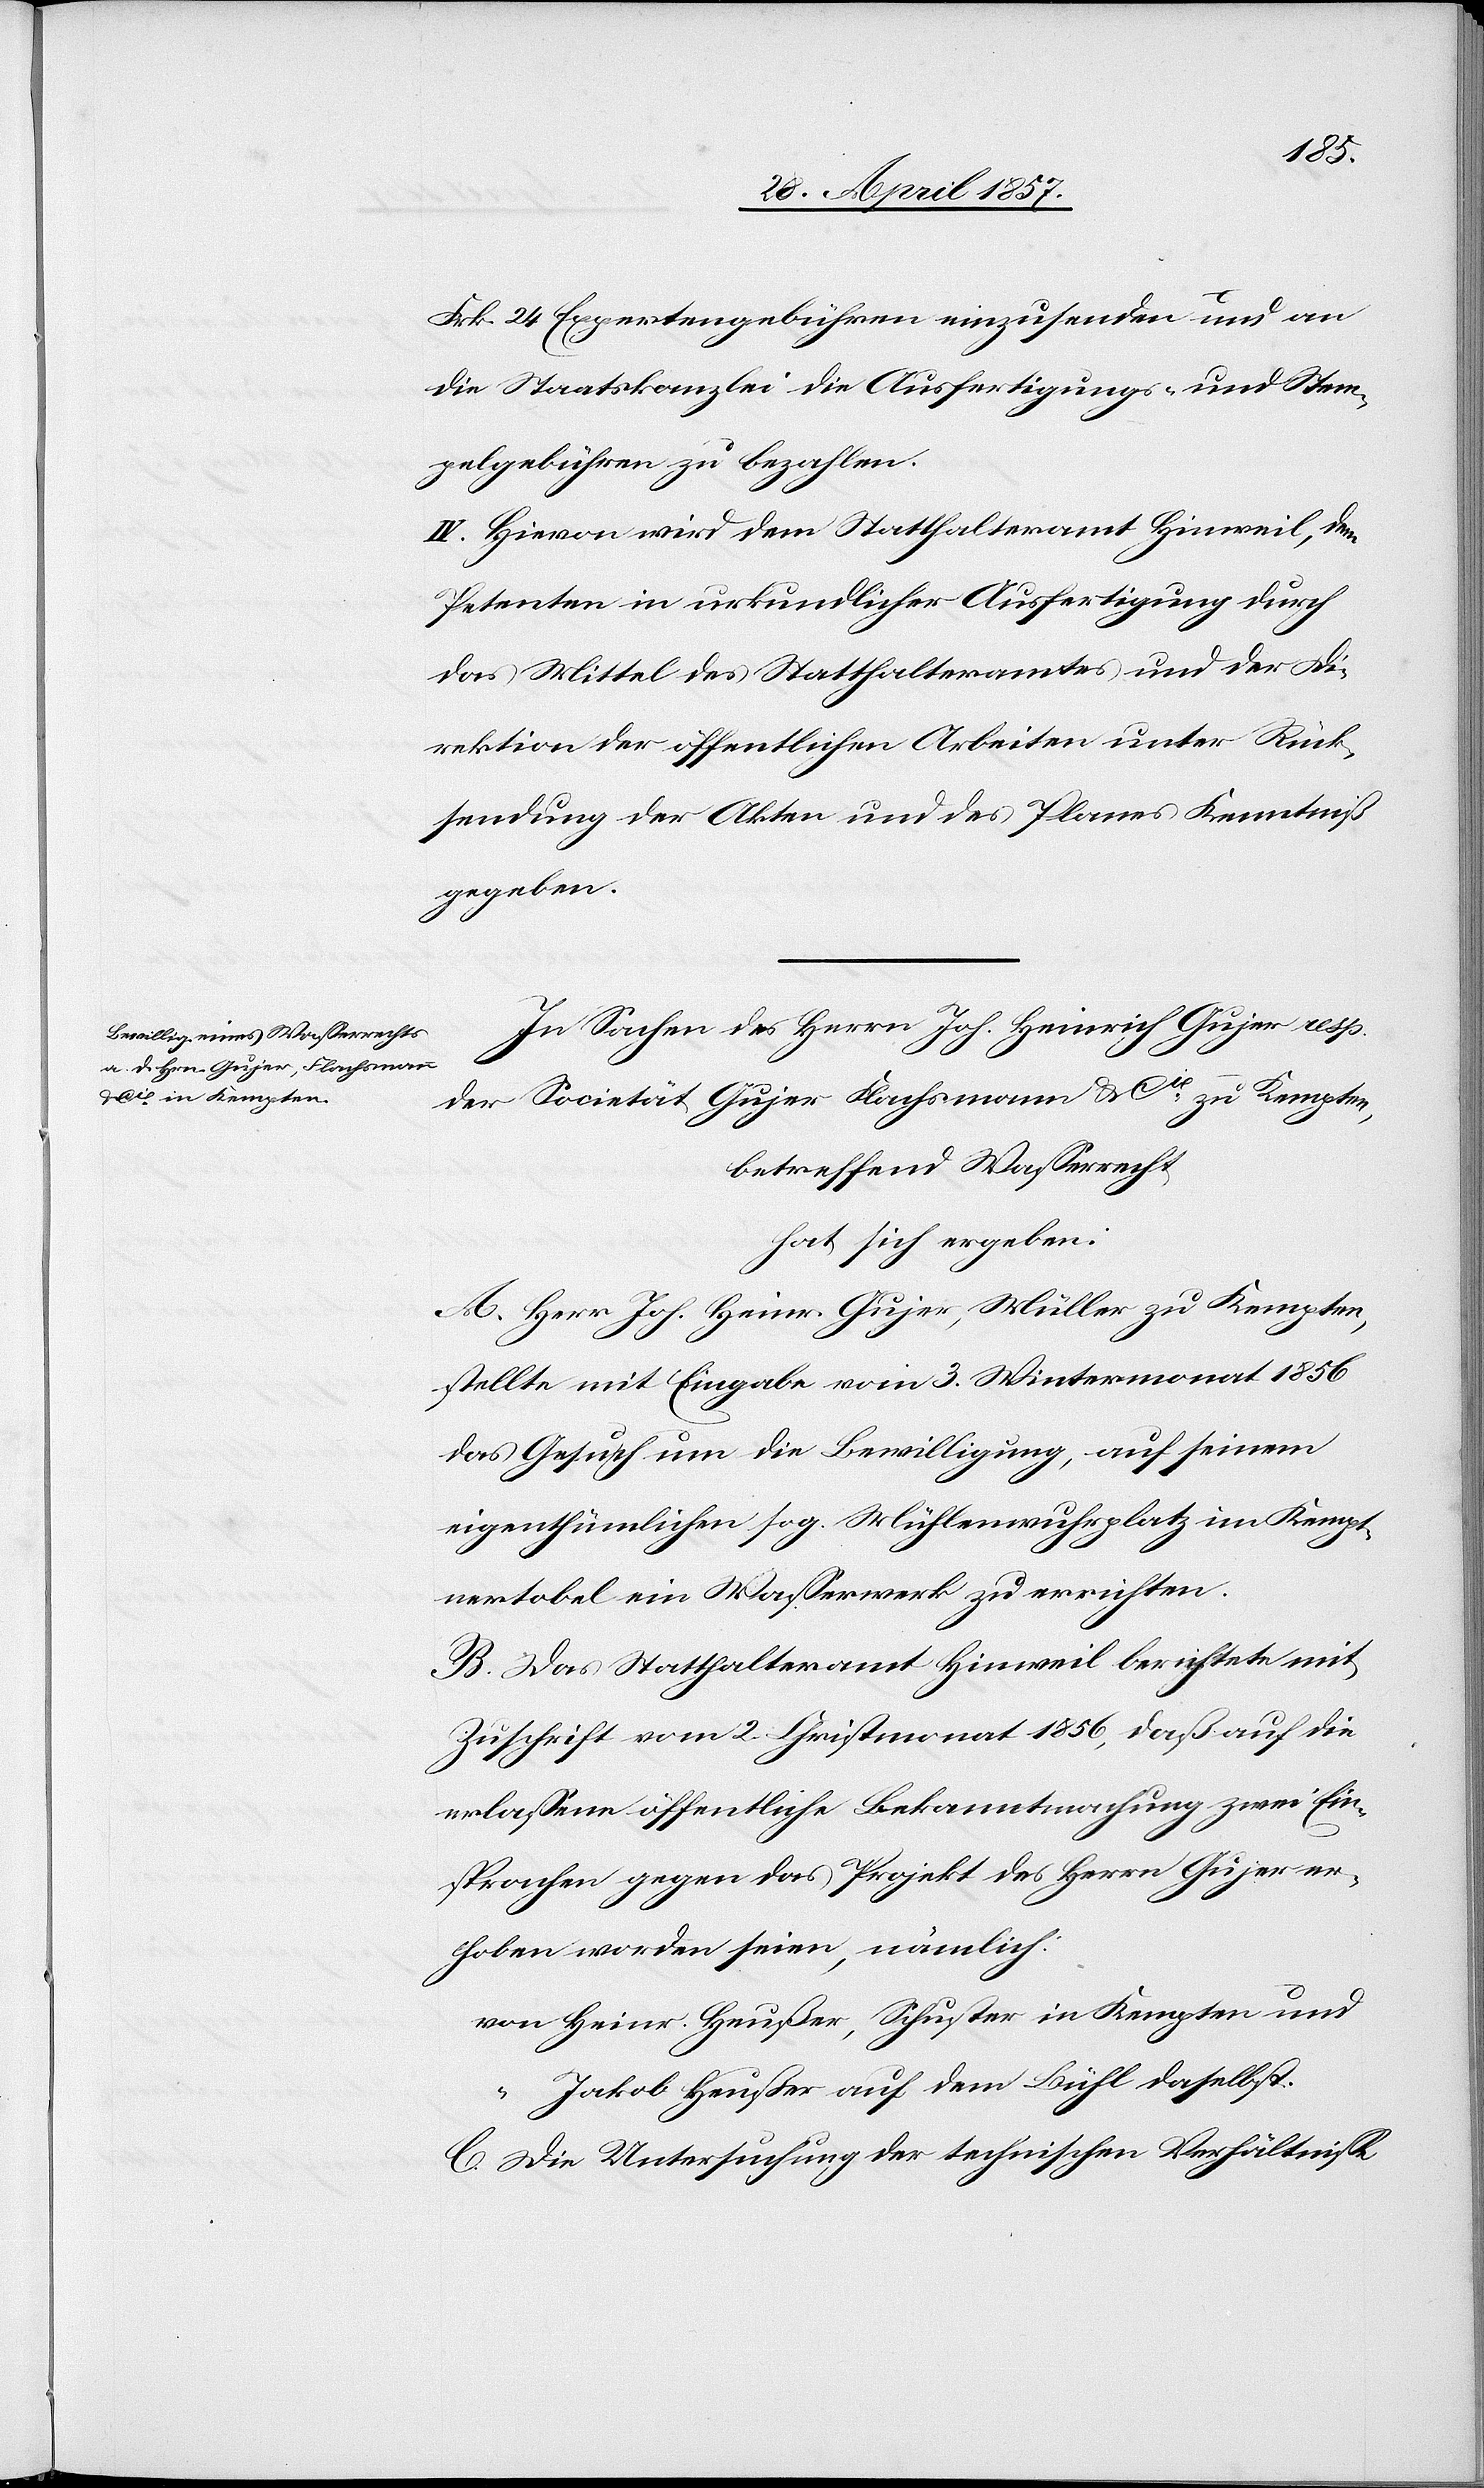
Frk. 24 Expertengebühren einzusenden und an
die Staatskanzlei die Ausfertigungs- u. Stem¬
pelgebühren zu bezahlen.
IV. Hievon wird dem Statthalteramt Hinweil, dem
Petenten in urkundlicher Ausfertigung durch
das Mittel des Statthalteramtes und der Di¬
rektion der öffentlichen Arbeiten unter Rück¬
sendung der Akten und des Planes Kenntniß
gegeben.
In Sachen des Herrn Joh. Heinrich Gujer resp.
der Societät Gujer Flachsmann u. Cie zu Kempten,
betreffend Waßerrecht
hat sich ergeben:
A. Herr Joh. Heinr. Gujer, Müller zu Kempten,
stellte mit Eingabe vom 3 Wintermonat 1856
das Gesuch um die Bewilligung, auf seinem
eigenthümlichen sog. Mühlenwuhrplatz im Kempt¬
nertobel ein Waßerrecht zu errichten.
B. Das Statthalteramt Hinweil berichtete mit
Zuschrift vom 2 Christmonat 1856, daß auf die
erlaßene öffentliche Bekanntmachung zwei Ein¬
sprachen gegen das Projekt des Herrn Gujer er¬
hoben worden seien, nämlich:
von Heinr. Heußer, Schuster in Kempten und
“ Jakob Heußer auf dem Bühl daselbst.
C. Die Untersuchung der technischen Verhältniße